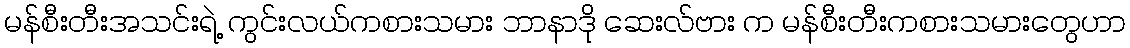
မန်စီးတီးအသင်းရဲ့ ကွင်းလယ်ကစားသမား ဘာနာဒို ဆေးလ်ဗား က မန်စီးတီးကစားသမားတွေဟာ